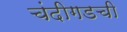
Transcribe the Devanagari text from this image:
चंदीगडची